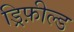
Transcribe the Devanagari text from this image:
ड्रिफ़ील्ड